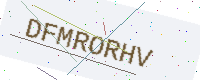
Text: DFMRORHV